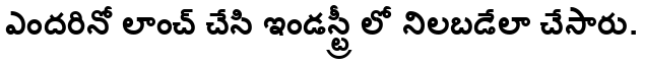
ఎందరినో లాంచ్ చేసి ఇండస్ట్రీ లో నిలబడేలా చేసారు.